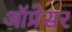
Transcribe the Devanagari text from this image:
ऑप्रेसर